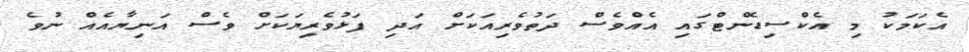
އެކަމަކު މި އެކްސިޑެންޓްގައި އެއްވެސް ދަތުވެރިއަކަށް އަދި ފަޅުވެރިޔަކަށް ވެސް އަނިޔާއެއް ނުވެ